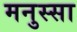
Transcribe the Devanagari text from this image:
मनुस्सा